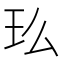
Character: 𤣵